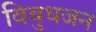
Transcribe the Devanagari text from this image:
विबुधजन